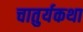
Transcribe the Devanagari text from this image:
चातुर्यकथा